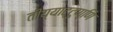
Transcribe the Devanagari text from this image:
तीय्याट्टुण्णि